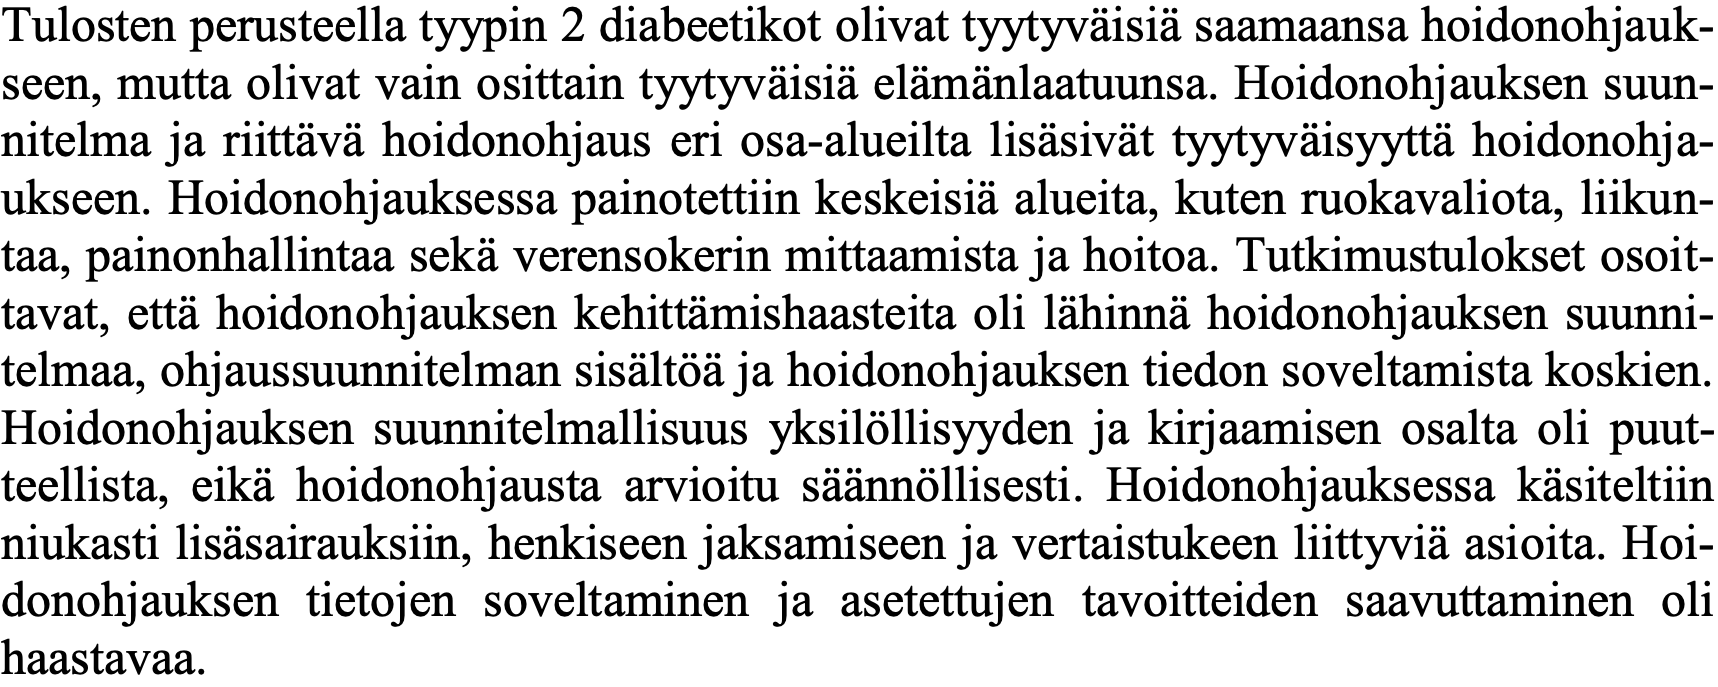
Tulosten perusteella tyypin 2 diabeetikot olivat tyytyväisiä saamaansa hoidonohjauk- seen, mutta olivat vain osittain tyytyväisiä elämänlaatuunsa. Hoidonohjauksen suun- nitelma ja riittävä hoidonohjaus eri osa-alueilta lisäsivät tyytyväisyyttä hoidonohja- ukseen. Hoidonohjauksessa painotettiin keskeisiä alueita, kuten ruokavaliota, liikun- taa, painonhallintaa sekä verensokerin mittaamista ja hoitoa. Tutkimustulokset osoit- tavat, että hoidonohjauksen kehittämishaasteita oli lähinnä hoidonohjauksen suunni- telmaa, ohjaussuunnitelman sisältöä ja hoidonohjauksen tiedon soveltamista koskien. Hoidonohjauksen suunnitelmallisuus yksilöllisyyden ja kirjaamisen osalta oli puut- teellista, eikä hoidonohjausta arvioitu säännöllisesti. Hoidonohjauksessa käsiteltiin niukasti lisäsairauksiin, henkiseen jaksamiseen ja vertaistukeen liittyviä asioita. Hoi- donohjauksen tietojen soveltaminen ja asetettujen tavoitteiden saavuttaminen oli haastavaa.